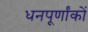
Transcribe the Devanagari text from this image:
धनपूर्णांकों